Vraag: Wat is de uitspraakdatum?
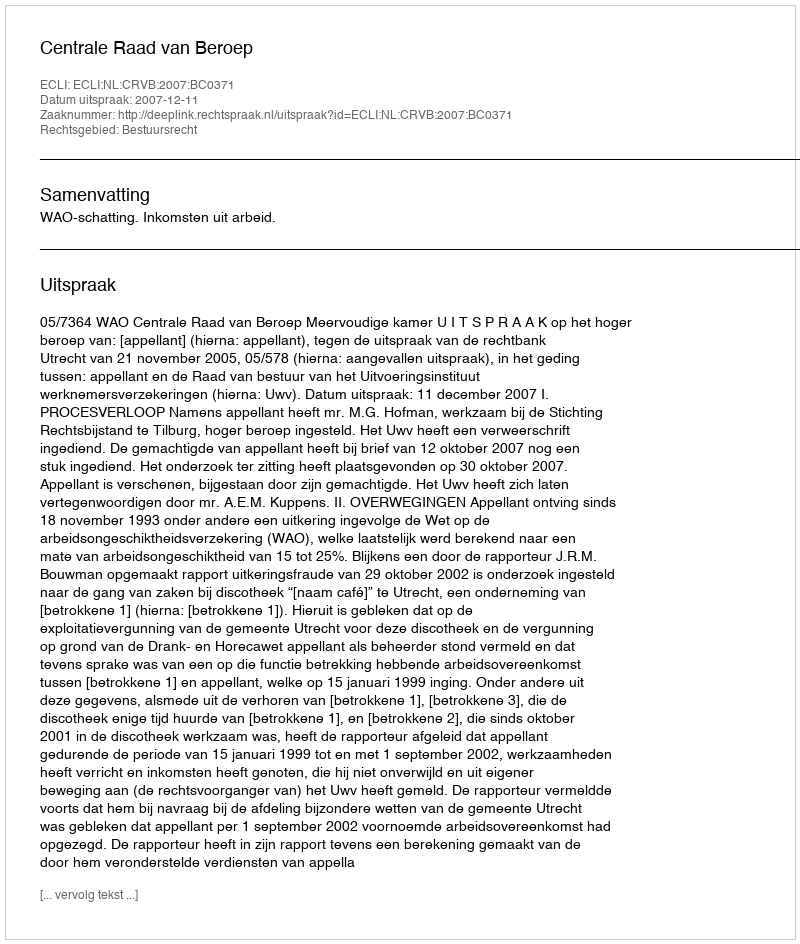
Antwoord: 2007-12-11